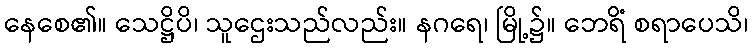
နေစေ၏။ သေဋ္ဌိပိ၊ သူဌေးသည်လည်း။ နဂရေ၊ မြို့၌။ ဘေရိံ စရာပေသိ၊